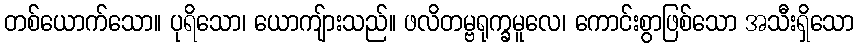
တစ်ယောက်သော။ ပုရိသော၊ ယောကျ်ားသည်။ ဖလိတမ္ဗရုက္ခမူလေ၊ ကောင်းစွာဖြစ်သော အသီးရှိသော